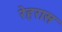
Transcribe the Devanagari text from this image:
रेहरास